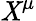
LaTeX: \mathit{X}^{\mu}